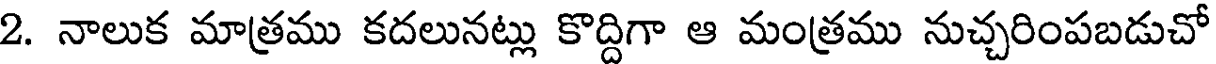
2. నాలుక మాత్రము కదలునట్లు కొద్దిగా ఆ మంత్రము నుచ్చరింపబడుచో